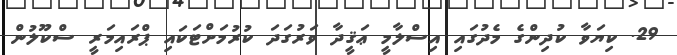
29. ކިޔަވާ ކުދިންގެ މެދުގައި އިސްލާމީ ޢަޤީދާ ވަރުގަދަ ކުރުމަށްޓަކައި ޕްރައިމަރީ ސްކޫލުން